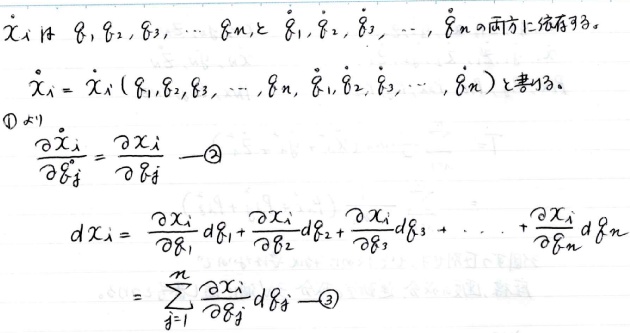
\[
\begin{align*}
&\dot{x}_iは\ g_1,g_2,g_3,\cdots,g_nと\ \dot{g}_1,\dot{g}_2,\dot{g}_3,\cdots,\dot{g}_nの両方に依存する。\\
&\dot{x}_i = \dot{x}_i(g_1,g_2,g_3,\cdots,g_n,\dot{g}_1,\dot{g}_2,\dot{g}_3,\cdots,\dot{g}_n)と書ける。\\
&(1)より\\
&\frac{\partial\dot{x}_i}{\partial\dot{g}_j}=\frac{\partial x_i}{\partial g_j}\quad\textcircled{2}\\
&dx_i=\frac{\partial x_i}{\partial g_1}dg_1+\frac{\partial x_i}{\partial g_2}dg_2+\frac{\partial x_i}{\partial g_3}dg_3+\cdots+\frac{\partial x_i}{\partial g_n}dg_n\\
&=\sum_{j = 1}^{n}\frac{\partial x_i}{\partial g_j}dg_j\quad\textcircled{3}
\end{align*}
\]